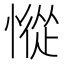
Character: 𢠰